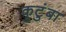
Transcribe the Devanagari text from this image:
कुटुंबा